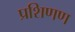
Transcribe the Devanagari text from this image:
प्रशिणण